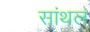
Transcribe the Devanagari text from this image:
सांथल